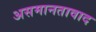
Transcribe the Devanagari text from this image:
असमानतावाद